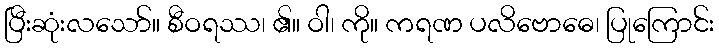
ပြီးဆုံးလသော်။ စီဝရဿ၊ ၏။ ဝါ၊ ကို။ ကရဏ ပလိဗောဓေ၊ ပြုကြောင်း